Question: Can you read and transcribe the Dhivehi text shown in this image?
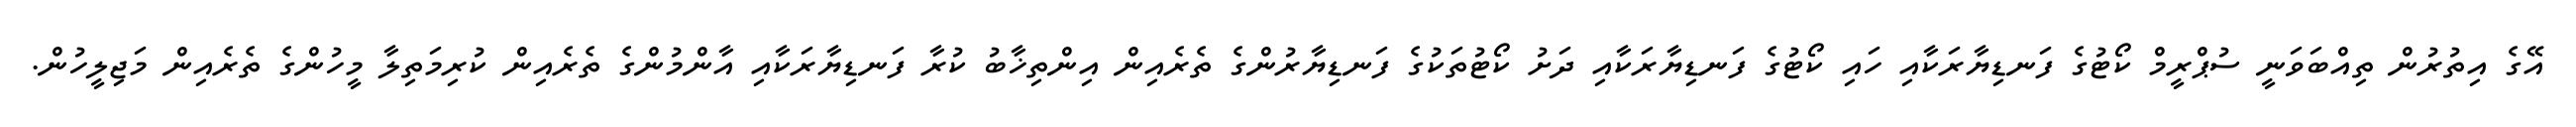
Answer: އޭގެ އިތުރުން ތިއްބަވަނީ ސުޕްރީމް ކޯޓުގެ ފަނޑިޔާރަކާއި ހައި ކޯޓުގެ ފަނޑިޔާރަކާއި ދަށު ކޯޓުތަކުގެ ފަނޑިޔާރުންގެ ތެރެއިން އިންތިޚާބު ކުރާ ފަނޑިޔާރަކާއި އާންމުންގެ ތެރެއިން ކުރިމަތިލާ މީހުންގެ ތެރެއިން މަޖިލީހުން.